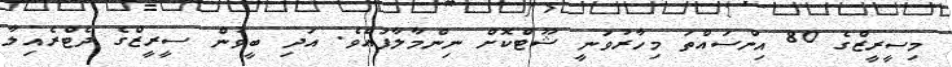
މިސީރީޒްގެ 80 އިންސައްތަ މިހާރުވަނީ ޝޫޓްކޮށް ނިންމާލާފައެވެ. އަދި ބީވުން ސީރީޒްގެ ދެޓްރެއިލާ